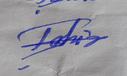
Signature authenticity: forged